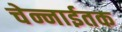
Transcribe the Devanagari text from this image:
चेन्नाईतक